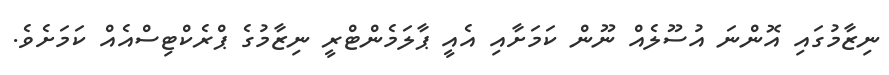
ނިޒާމުގައި އޮންނަ އުސޫލެއް ނޫން ކަމަށާއި އެއީ ޕާލަމެންޓްރީ ނިޒާމުގެ ޕްރެކްޓިސްއެއް ކަމަށެވެ.